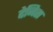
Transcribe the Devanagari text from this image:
देनिस